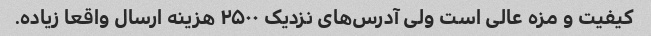
کیفیت و مزه عالی است ولی آدرس‌های نزدیک ۲۵۰۰ هزینه ارسال واقعا زیاده.